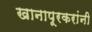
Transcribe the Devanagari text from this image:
खानापूरकरांनी